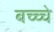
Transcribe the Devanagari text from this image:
बच्च्चे